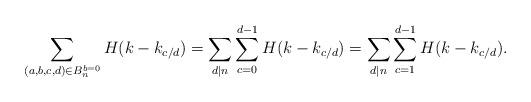
LaTeX: \begin{align*} \sum_{(a,b,c,d) \in B_n^{b=0}} H(k - k_{c/d}) &= \sum_{d \mid n} \sum_{c=0}^{d-1} H(k - k_{c/d}) = \sum_{d \mid n} \sum_{c=1}^{d-1} H(k - k_{c/d}) . \end{align*}